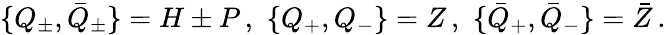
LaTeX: \{ Q_{\pm},\bar{Q}_{\pm}\} =H\pm P\, ,\, \, \{ Q_{+},Q_{-}\} =Z\, ,\, \, \{ \bar{Q}_{+},\bar{Q}_{-}\} =\bar{Z}\, .